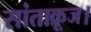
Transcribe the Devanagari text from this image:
सांताक्रूज।